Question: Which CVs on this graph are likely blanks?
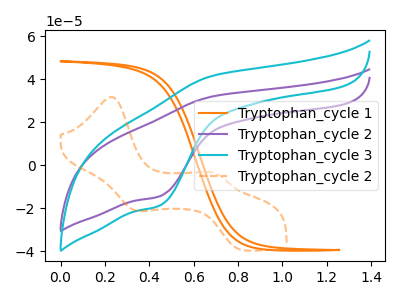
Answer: <think>The orange curve "Tryptophan_cycle 1" has no peaks. The purple curve "Tryptophan_cycle 2" has an anodic peak at (0.70V, 32.00uA) and a cathodic peak at (0.45V, -14.40uA). The cyan curve "Tryptophan_cycle 3" has an anodic peak at (0.70V, 41.55uA) and a cathodic peak at (0.45V, -18.75uA). The orange dashed curve "Tryptophan_cycle 2" has anodic peaks at (0.25V, 31.75uA) (0.70V, -4.15uA) and cathodic peaks at (0.35V, -20.95uA) (0.80V, -39.40uA).</think>
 <answer>"Tryptophan_cycle 1" is likely to be a blank.</answer>
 <eval>Tryptophan_cycle 1</eval>